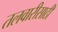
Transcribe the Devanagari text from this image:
तलवारीसाठी